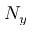
N _ { y }